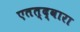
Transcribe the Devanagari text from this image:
एतत्द्वारा